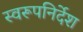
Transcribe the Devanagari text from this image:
स्वरूपनिर्देश